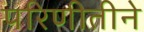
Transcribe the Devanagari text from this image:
परिणीतीने